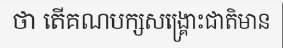
ថា តើគណបក្សសង្គ្រោះជាតិមាន